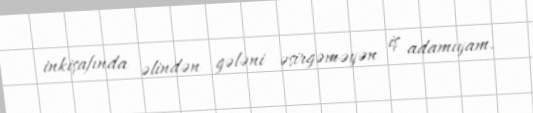
inkişafında əlindən gələni əsirgəməyən iş adamıyam.